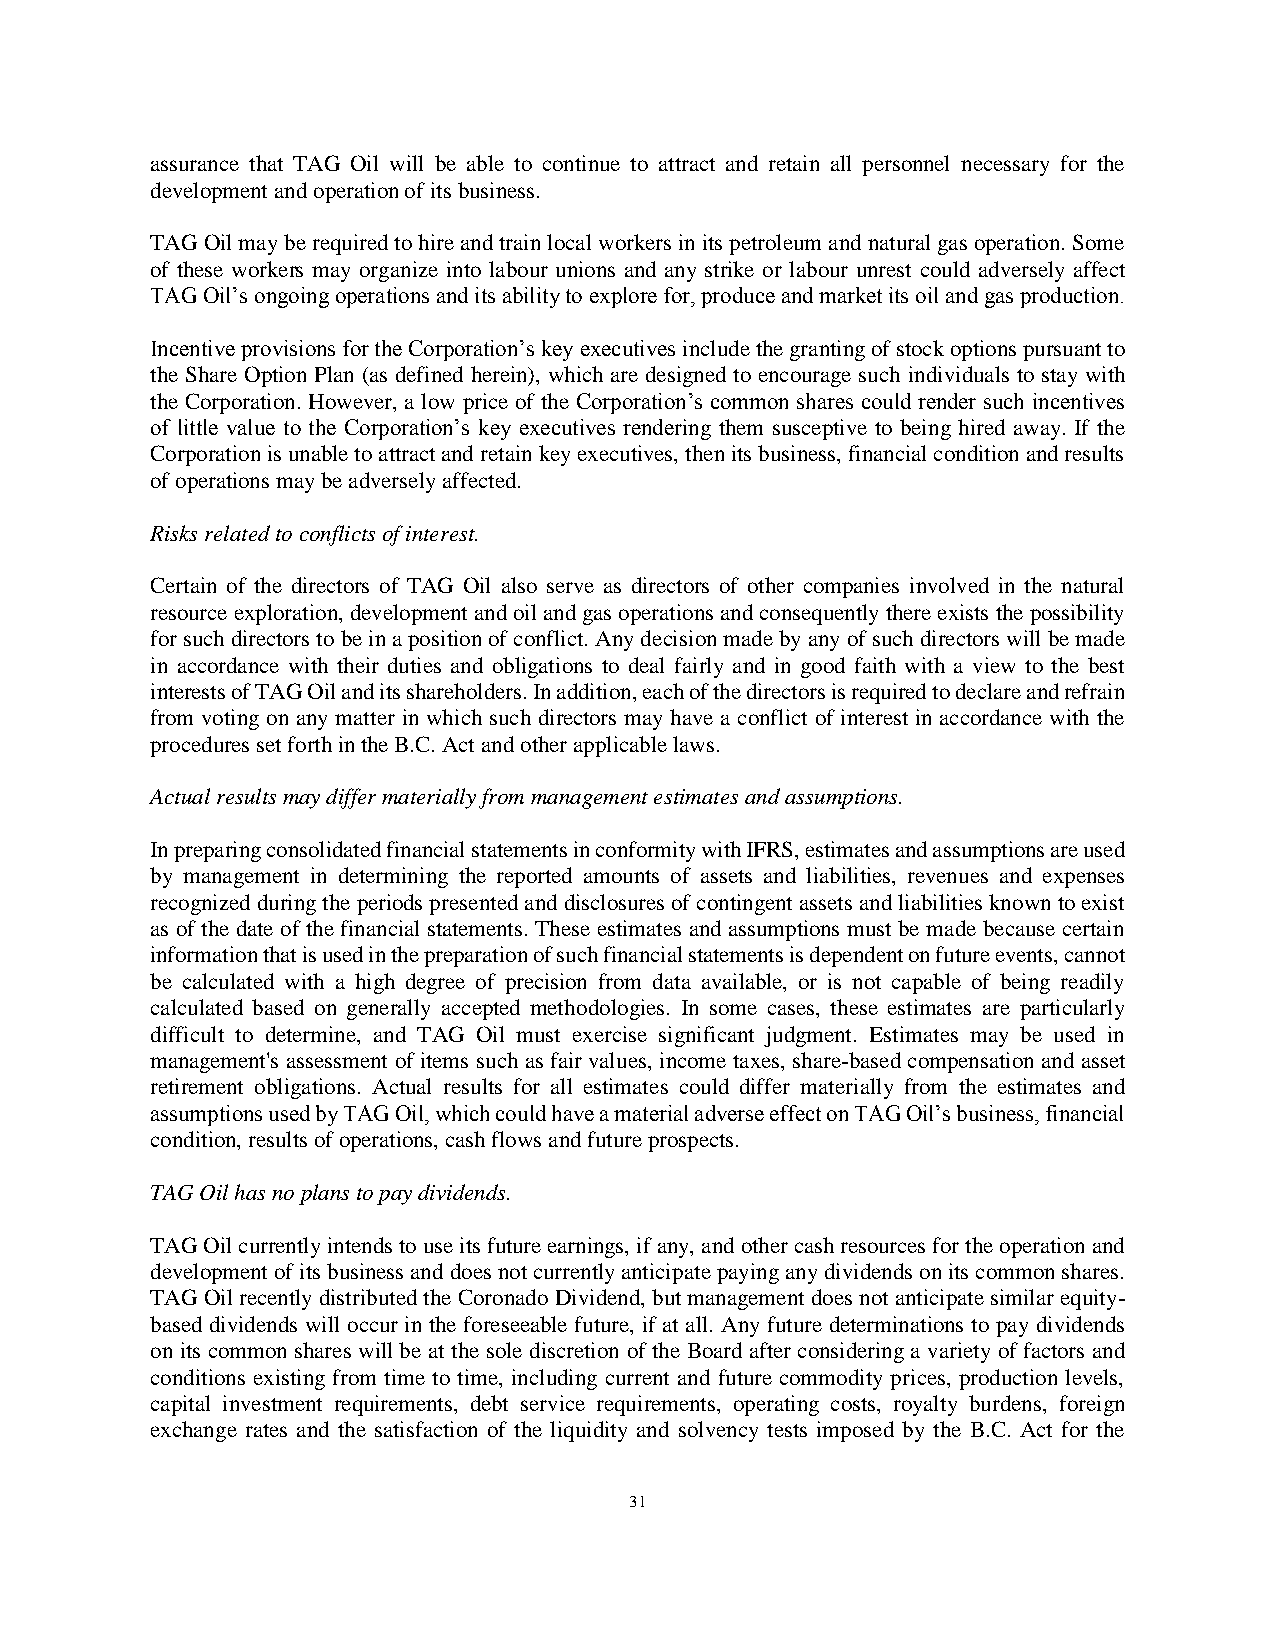
assurance that TAG Oil will be able to continue to attract and retain all personnel necessary for the
 development and operation of its business.
 TAG Oil may be required to hire and train local workers in its petroleum and natural gas operation. Some
 of these workers may organize into labour unions and any strike or labour unrest could adversely affect
 TAG Oil’s ongoing operations and its ability to explore for, produce and market its oil and gas production.
 Incentive provisions for the Corporation’s key executives include the granting of stock options pursuant to
 the Share Option Plan (as defined herein), which are designed to encourage such individuals to stay with
 the Corporation. However, a low price of the Corporation’s common shares could render such incentives
 of little value to the Corporation’s key executives rendering them susceptive to being hired away. If the
 Corporation is unable to attract and retain key executives, then its business, financial condition and results
 of operations may be adversely affected.
 Risks related to conflicts of interest.
 Certain of the directors of TAG Oil also serve as directors of other companies involved in the natural
 resource exploration, development and oil and gas operations and consequently there exists the possibility
 for such directors to be in a position of conflict. Any decision made by any of such directors will be made
 in accordance with their duties and obligations to deal fairly and in good faith with a view to the best
 interests of TAG Oil and its shareholders. In addition, each of the directors is required to declare and refrain
 from voting on any matter in which such directors may have a conflict of interest in accordance with the
 procedures set forth in the B.C. Act and other applicable laws.
 Actual results may differ materially from management estimates and assumptions.
 In preparing consolidated financial statements in conformity with IFRS, estimates and assumptions are used
 by management in determining the reported amounts of assets and liabilities, revenues and expenses
 recognized during the periods presented and disclosures of contingent assets and liabilities known to exist
 as of the date of the financial statements. These estimates and assumptions must be made because certain
 information that is used in the preparation of such financial statements is dependent on future events, cannot
 be calculated with a high degree of precision from data available, or is not capable of being readily
 calculated based on generally accepted methodologies. In some cases, these estimates are particularly
 difficult to determine, and TAG Oil must exercise significant judgment. Estimates may be used in
 management's assessment of items such as fair values, income taxes, share-based compensation and asset
 retirement obligations. Actual results for all estimates could differ materially from the estimates and
 assumptions used by TAG Oil, which could have a material adverse effect on TAG Oil’s business, financial
 condition, results of operations, cash flows and future prospects.
 TAG Oil has no plans to pay dividends.
 TAG Oil currently intends to use its future earnings, if any, and other cash resources for the operation and
 development of its business and does not currently anticipate paying any dividends on its common shares.
 TAG Oil recently distributed the Coronado Dividend, but management does not anticipate similar equity-
 based dividends will occur in the foreseeable future, if at all. Any future determinations to pay dividends
 on its common shares will be at the sole discretion of the Board after considering a variety of factors and
 conditions existing from time to time, including current and future commodity prices, production levels,
 capital investment requirements, debt service requirements, operating costs, royalty burdens, foreign
 exchange rates and the satisfaction of the liquidity and solvency tests imposed by the B.C. Act for the
 31